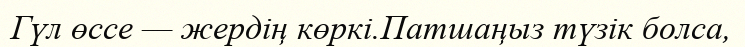
Гүл өссе — жердің көркі.Патшаңыз түзік болса,